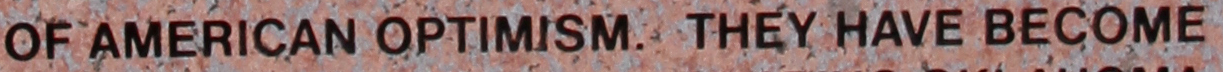
OF AMERICAN OPTIMISM. THEY HAVE BECOME